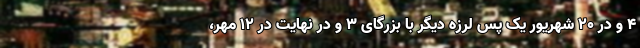
۴ و در ۲۰ شهریور یک پس لرزه دیگر با بزرگای ۳ و در نهایت در ۱۲ مهر،